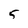
Character: 5